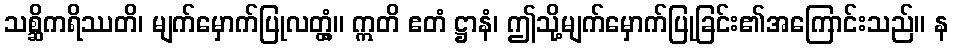
သစ္ဆိကရိဿတိ၊ မျက်မှောက်ပြုလတ္တံ့။ ဣတိ ဧတံ ဋ္ဌာနံ၊ ဤသို့မျက်မှောက်ပြုခြင်း၏အကြောင်းသည်။ န